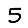
Digit: 5